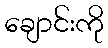
ချောင်းကို